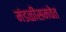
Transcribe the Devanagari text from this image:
मंडळींसमवेत